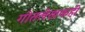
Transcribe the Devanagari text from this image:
गीतलेखकही